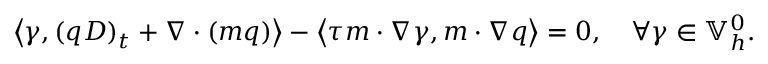
\left\langle \gamma , ( q D ) _ { t } + \nabla \cdot ( m q ) \right\rangle - \left\langle \tau m \cdot \nabla \gamma , m \cdot \nabla q \right\rangle = 0 , \quad \forall \gamma \in \mathbb { V } _ { h } ^ { 0 } .